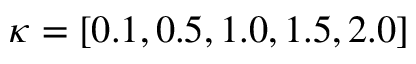
\kappa = [ 0 . 1 , 0 . 5 , 1 . 0 , 1 . 5 , 2 . 0 ]